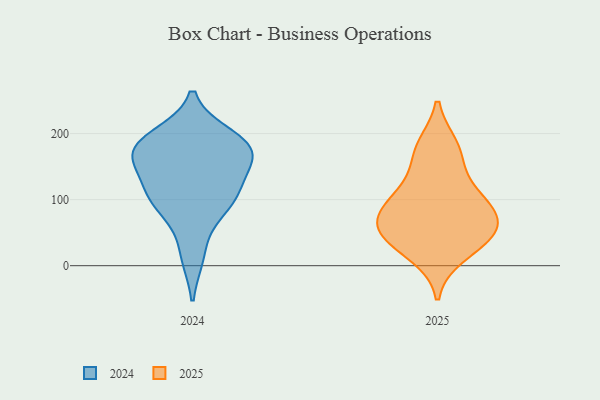
{"axis": {"x": "Production Output", "y": "Value"}, "legend": ["2024", "2025"], "data": [{"x": "", "y": 84, "type": "2025"}, {"x": "", "y": 97, "type": "2025"}, {"x": "", "y": 171, "type": "2025"}, {"x": "", "y": 46, "type": "2025"}, {"x": "", "y": 180, "type": "2025"}, {"x": "", "y": 88, "type": "2025"}, {"x": "", "y": 61, "type": "2025"}, {"x": "", "y": 17, "type": "2025"}, {"x": "", "y": 44, "type": "2025"}, {"x": "", "y": 124, "type": "2025"}, {"x": "", "y": 51, "type": "2025"}, {"x": "", "y": 178, "type": "2024"}, {"x": "", "y": 16, "type": "2024"}, {"x": "", "y": 105, "type": "2024"}, {"x": "", "y": 195, "type": "2024"}, {"x": "", "y": 166, "type": "2024"}, {"x": "", "y": 159, "type": "2024"}, {"x": "", "y": 81, "type": "2024"}, {"x": "", "y": 170, "type": "2024"}, {"x": "", "y": 186, "type": "2024"}, {"x": "", "y": 114, "type": "2024"}, {"x": "", "y": 107, "type": "2024"}]}